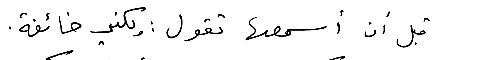
قبل أن أسمعها تقول: ولكني خائفة.